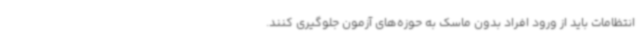
انتظامات باید از ورود افراد بدون ماسک به حوزه‌های آزمون جلوگیری کنند.